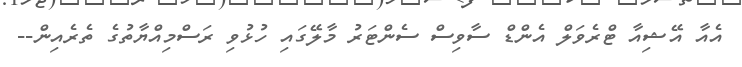
އެއާ އޭޝިއާ ޓްރެވަލް އެންޑް ސާވިސް ސެންޓަރު މާލޭގައި ހުޅުވި ރަސްމިއްޔާތުގެ ތެެރެއިން--